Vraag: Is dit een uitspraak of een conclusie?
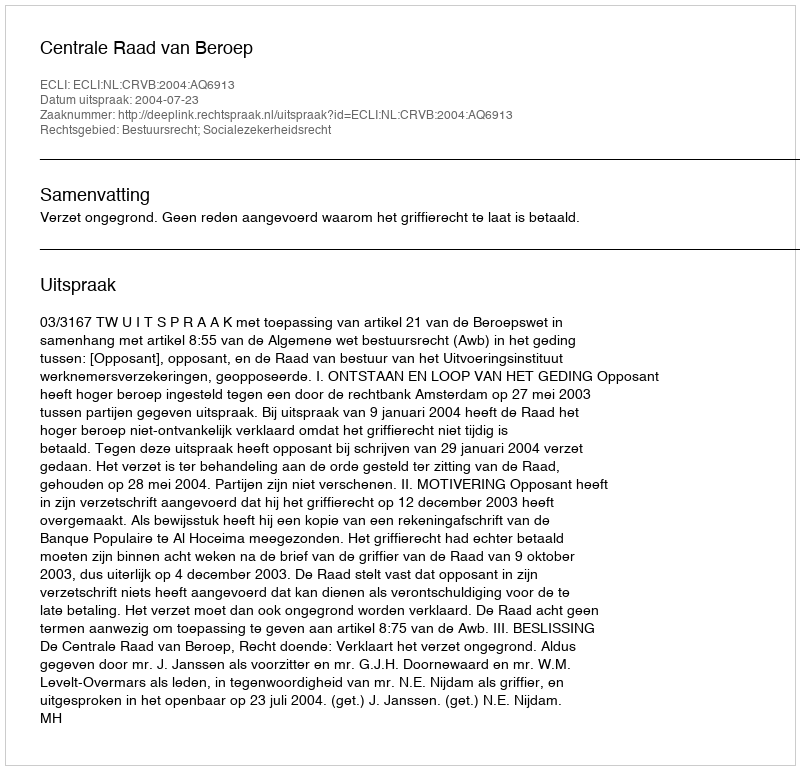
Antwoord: Uitspraak